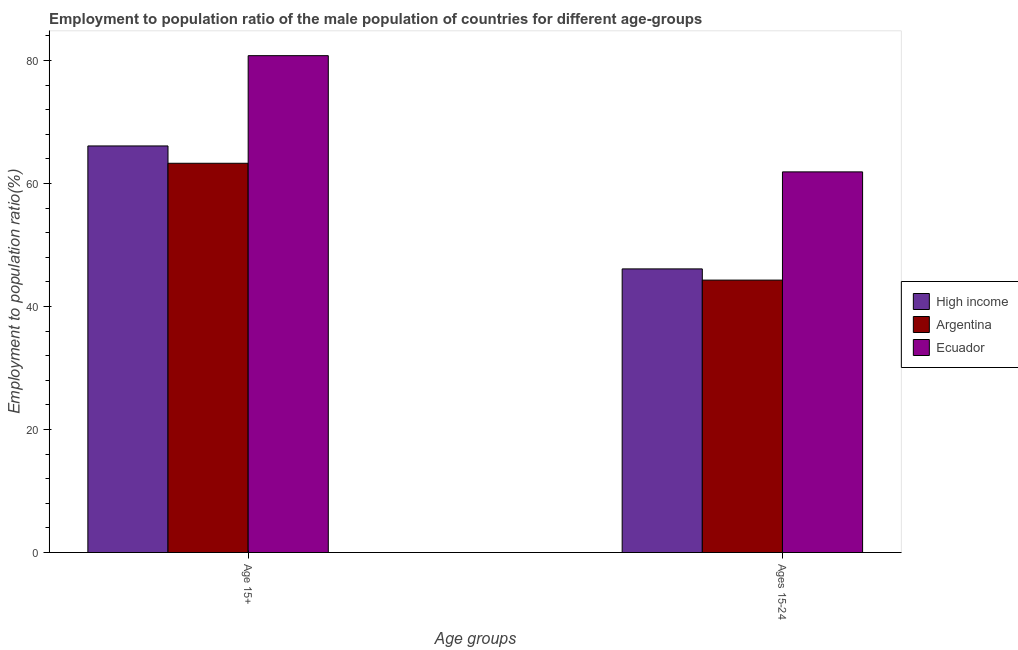
| Age groups | High income | Argentina | Ecuador |
 | --- | --- | --- | --- |
 | Age 15+ | 66.1 | 63.3 | 80.8 |
 | Ages 15-24 | 46.1 | 44.3 | 61.9 |